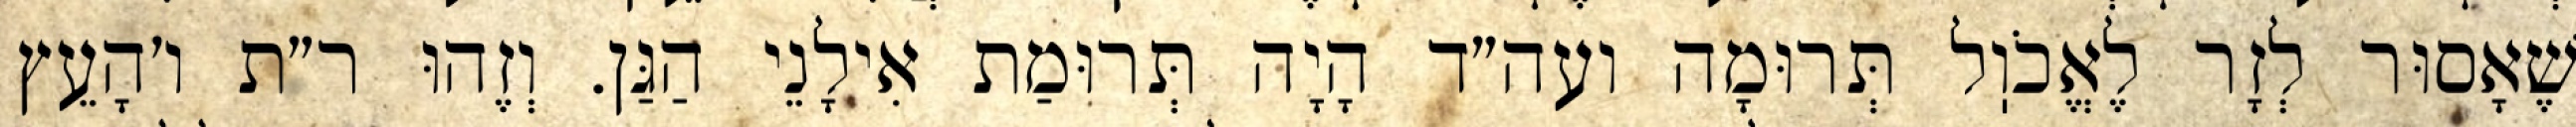
שֶׁאָסוּר לְזָר לֶאֱכֹוֽל תְּרוּמָה ועה״ד הָיָה תְּרוּמַת אִילָנֵי הַגַּן. וְזֶהוּ ר״ת ו׳הָעֵץ